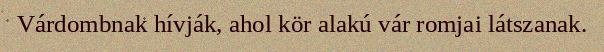
Várdombnak hívják, ahol kör alakú vár romjai látszanak.